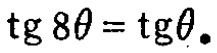
\(\text{tg }8\theta = \text{tg}\theta\)